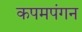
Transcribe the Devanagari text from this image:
कपमपंगन